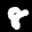
Label: 8